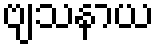
ဗျသနာယ